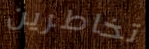
تخاطرين